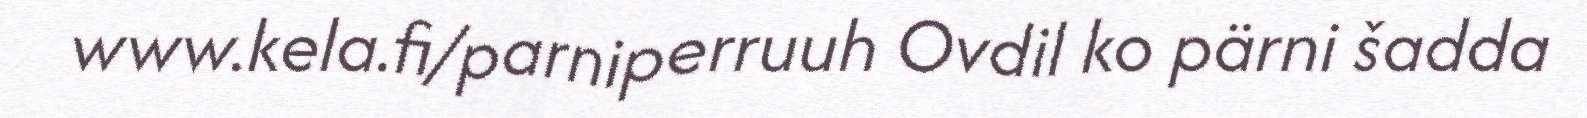
www.kela.fi/parniperruuh Ovdil ko pärni šadda